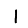
Digit: 1